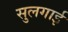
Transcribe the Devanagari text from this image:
सुलगाई